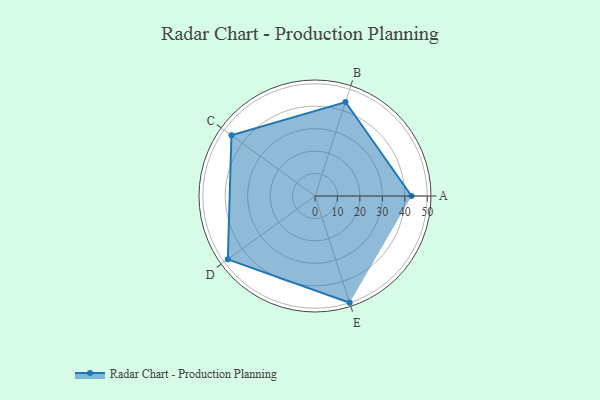
{"axis": {"x": "Skill", "y": "Score"}, "legend": ["Profile"], "data": [{"x": "A", "y": 43.0, "type": "Profile"}, {"x": "B", "y": 44.0, "type": "Profile"}, {"x": "C", "y": 46.0, "type": "Profile"}, {"x": "D", "y": 48.0, "type": "Profile"}, {"x": "E", "y": 50.0, "type": "Profile"}]}